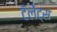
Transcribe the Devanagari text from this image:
टॅलेंट्स